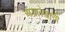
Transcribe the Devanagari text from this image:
अग्रलेखाची